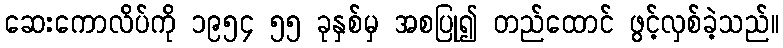
ဆေးကောလိပ်ကို ၁၉၅၄ ၅၅ ခုနှစ်မှ အစပြု၍ တည်ထောင် ဖွင့်လှစ်ခဲ့သည်။